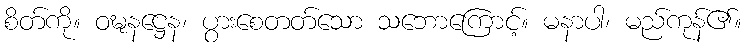
စိတ်ကို။ ဝဍ္ဎနဋ္ဌေန၊ ပွားစေတတ်သော သဘောကြောင့်။ မနာပါ၊ မည်ကုန်၏။